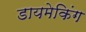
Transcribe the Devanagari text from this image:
डायमेकिंग